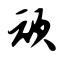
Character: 顽